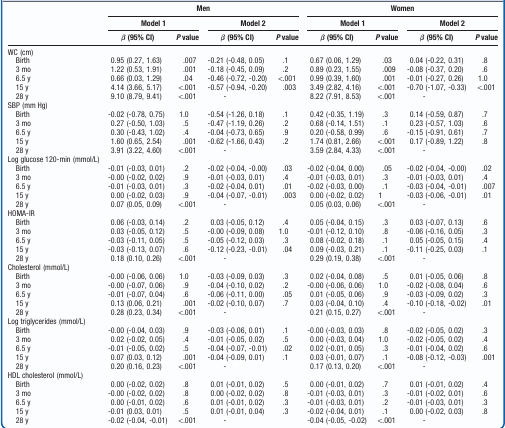
<table><thead><tr><td rowspan="3"></td><td colspan="4"><b>Men</b></td><td colspan="4"><b>Women</b></td></tr><tr><td colspan="2"><b>Model 1</b></td><td colspan="2"><b>Model 2</b></td><td colspan="2"><b>Model 1</b></td><td colspan="2"><b>Model 2</b></td></tr><tr><td><b>β (95% CI)</b></td><td><b><i>P</i> value</b></td><td><b>β (95% CI)</b></td><td><b><i>P</i> value</b></td><td><b>β (95% CI)</b></td><td><b><i>P</i> value</b></td><td><b>β (95% CI)</b></td><td><b><i>P</i> value</b></td></tr></thead><tbody><tr><td>WC(cm)</td><td></td><td></td><td></td><td></td><td></td><td></td><td></td><td></td></tr><tr><td> Birth</td><td>0.95(0.27,1.63)</td><td>.007</td><td>-0.21(-0.48,0.05)</td><td>.1</td><td>0.67(0.06,1.29)</td><td>.03</td><td>0.04(-0.22,0.31)</td><td>.8</td></tr><tr><td> 3 mo</td><td>1.22(0.53,1.91)</td><td>.001</td><td>-0.18(-0.45,0.09)</td><td>.2</td><td>0.89(0.23,1.55)</td><td>.009</td><td>-0.08(-0.37,0.20)</td><td>.6</td></tr><tr><td> 6.5 y</td><td>0.66(0.03,1.29)</td><td>.04</td><td>-0.46(-0.72,-0.20)</td><td>&lt;.001</td><td>0.99(0.39,1.60)</td><td>.001</td><td>-0.01(-0.27,0.26)</td><td>1.0</td></tr><tr><td> 15 y</td><td>4.14(3.66,5.17)</td><td>&lt;.001</td><td>-0.57(-0.94,-0.20)</td><td>.003</td><td>3.49(2.82,4.16)</td><td>&lt;.001</td><td>-0.70(-1.07,-0.33)</td><td>&lt;.001</td></tr><tr><td> 28 y</td><td>9.10(8.79,9.41)</td><td>&lt;.001</td><td>-</td><td></td><td>8.22(7.91,8.53)</td><td>&lt;.001</td><td>-</td><td></td></tr><tr><td>SBP(mm Hg)</td><td></td><td></td><td></td><td></td><td></td><td></td><td></td><td></td></tr><tr><td> Birth</td><td>-0.02(-0.78,0.75)</td><td>1.0</td><td>-0.54(-1.26,0.18)</td><td>.1</td><td>0.42(-0.35,1.19)</td><td>.3</td><td>0.14(-0.59,0.87)</td><td>.7</td></tr><tr><td> 3 mo</td><td>0.27(-0.50,1.03)</td><td>.5</td><td>-0.47(-1.19,0.26)</td><td>.2</td><td>0.68(-0.14,1.51)</td><td>.1</td><td>0.23(-0.57,1.03)</td><td>.6</td></tr><tr><td> 6.5 y</td><td>0.30(-0.43,1.02)</td><td>.4</td><td>-0.04(-0.73,0.65)</td><td>.9</td><td>0.20(-0.58,0.99)</td><td>.6</td><td>-0.15(-0.91,0.61)</td><td>.7</td></tr><tr><td> 15 y</td><td>1.60(0.65,2.54)</td><td>.001</td><td>-0.62(-1.66,0.43)</td><td>.2</td><td>1.74(0.81,2.66)</td><td>&lt;.001</td><td>0.17(-0.89,1.22)</td><td>.8</td></tr><tr><td> 28 y</td><td>3.91(3.22,4.60)</td><td>&lt;.001</td><td>-</td><td></td><td>3.59(2.84,4.33)</td><td>&lt;.001</td><td>-</td><td></td></tr><tr><td>Log glucose 120-min(mmol/L)</td><td></td><td></td><td></td><td></td><td></td><td></td><td></td><td></td></tr><tr><td> Birth</td><td>-0.01(-0.03,0.01)</td><td>.2</td><td>-0.02(-0.04,-0.00)</td><td>.03</td><td>-0.02(-0.04,0.00)</td><td>.05</td><td>-0.02(-0.04,-0.00)</td><td>.02</td></tr><tr><td> 3 mo</td><td>-0.00(-0.02,0.02)</td><td>.9</td><td>-0.01(-0.03,0.01)</td><td>.4</td><td>-0.01(-0.03,0.01)</td><td>.3</td><td>-0.01(-0.03,0.01)</td><td>.4</td></tr><tr><td> 6.5 y</td><td>-0.01(-0.03,0.01)</td><td>.3</td><td>-0.02(-0.04,0.01)</td><td>.01</td><td>-0.02(-0.03,0.00)</td><td>.1</td><td>-0.03(-0.04,-0.01)</td><td>.007</td></tr><tr><td> 15 y</td><td>0.00(-0.02,0.03)</td><td>.9</td><td>-0.04(-0.07,-0.01)</td><td>.003</td><td>0.00(-0.02,0.02)</td><td>1</td><td>-0.03(-0.06,-0.01)</td><td>.01</td></tr><tr><td> 28 y</td><td>0.07(0.05,0.09)</td><td>&lt;.001</td><td>-</td><td></td><td>0.05(0.03,0.06)</td><td>&lt;.001</td><td>-</td><td></td></tr><tr><td>HOMA-IR</td><td></td><td></td><td></td><td></td><td></td><td></td><td></td><td></td></tr><tr><td> Birth</td><td>0.06(-0.03,0.14)</td><td>.2</td><td>0.03(-0.05,0.12)</td><td>.4</td><td>0.05(-0.04,0.15)</td><td>.3</td><td>0.03(-0.07,0.13)</td><td>.6</td></tr><tr><td> 3 mo</td><td>0.03(-0.05,0.12)</td><td>.5</td><td>-0.00(-0.09,0.08)</td><td>1.0</td><td>-0.01(-0.12,0.10)</td><td>.8</td><td>-0.06(-0.16,0.05)</td><td>.3</td></tr><tr><td> 6.5 y</td><td>-0.03(-0.11,0.05)</td><td>.5</td><td>-0.05(-0.12,0.03)</td><td>.3</td><td>0.08(-0.02,0.18)</td><td>.1</td><td>0.05(-0.05,0.15)</td><td>.4</td></tr><tr><td> 15 y</td><td>-0.03(-0.13,0.07)</td><td>.6</td><td>-0.12(-0.23,-0.01)</td><td>.04</td><td>0.09(-0.03,0.21)</td><td>.1</td><td>-0.11(-0.25,0.03)</td><td>.1</td></tr><tr><td> 28 y</td><td>0.18(0.10,0.26)</td><td>&lt;.001</td><td>-</td><td></td><td>0.29(0.19,0.38)</td><td>&lt;.001</td><td>-</td><td></td></tr><tr><td>Cholesterol(mmol/L)</td><td></td><td></td><td></td><td></td><td></td><td></td><td></td><td></td></tr><tr><td> Birth</td><td>-0.00(-0.06,0.06)</td><td>1.0</td><td>-0.03(-0.09,0.03)</td><td>.3</td><td>0.02(-0.04,0.08)</td><td>.5</td><td>0.01(-0.05,0.06)</td><td>.8</td></tr><tr><td> 3 mo</td><td>-0.00(-0.07,0.06)</td><td>.9</td><td>-0.04(-0.10,0.02)</td><td>.2</td><td>-0.00(-0.06,0.06)</td><td>1.0</td><td>-0.02(-0.08,0.04)</td><td>.6</td></tr><tr><td> 6.5 y</td><td>-0.01(-0.07,0.04)</td><td>.6</td><td>-0.06(-0.11,0.00)</td><td>.05</td><td>0.01(-0.05,0.06)</td><td>.9</td><td>-0.03(-0.09,0.02)</td><td>.3</td></tr><tr><td> 15 y</td><td>0.13(0.06,0.21)</td><td>.001</td><td>-0.02(-0.10,0.07)</td><td>.7</td><td>0.03(-0.04,0.10)</td><td>.4</td><td>-0.10(-0.18,-0.02)</td><td>.01</td></tr><tr><td> 28 y</td><td>0.28(0.23,0.34)</td><td>&lt;.001</td><td>-</td><td></td><td>0.21(0.15,0.27)</td><td>&lt;.001</td><td>-</td><td></td></tr><tr><td>Log triglycerides(mmol/L)</td><td></td><td></td><td></td><td></td><td></td><td></td><td></td><td></td></tr><tr><td> Birth</td><td>-0.00(-0.04,0.03)</td><td>.9</td><td>-0.03(-0.06,0.01)</td><td>.1</td><td>-0.00(-0.03,0.03)</td><td>.8</td><td>-0.02(-0.05,0.02)</td><td>.3</td></tr><tr><td> 3 mo</td><td>0.02(-0.02,0.05)</td><td>.4</td><td>-0.01(-0.05,0.02)</td><td>.5</td><td>0.00(-0.03,0.04)</td><td>1.0</td><td>-0.02(-0.05,0.02)</td><td>.4</td></tr><tr><td> 6.5 y</td><td>-0.01(-0.05,0.02)</td><td>.5</td><td>-0.04(-0.07,-0.01)</td><td>.02</td><td>0.02(-0.01,0.05)</td><td>.3</td><td>-0.01(-0.04,0.02)</td><td>.6</td></tr><tr><td> 15 y</td><td>0.07(0.03,0.12)</td><td>.001</td><td>-0.04(-0.09,0.01)</td><td>.1</td><td>0.03(-0.01,0.07)</td><td>.1</td><td>-0.08(-0.12,-0.03)</td><td>.001</td></tr><tr><td> 28 y</td><td>0.20(0.16,0.23)</td><td>&lt;.001</td><td>-</td><td></td><td>0.17(0.13,0.20)</td><td>&lt;.001</td><td>-</td><td></td></tr><tr><td>HDL cholesterol(mmol/L)</td><td></td><td></td><td></td><td></td><td></td><td></td><td></td><td></td></tr><tr><td> Birth</td><td>0.00(-0.02,0.02)</td><td>.8</td><td>0.01(-0.01,0.02)</td><td>.5</td><td>0.00(-0.01,0.02)</td><td>.7</td><td>0.01(-0.01,0.02)</td><td>.4</td></tr><tr><td> 3 mo</td><td>-0.00(-0.02,0.02)</td><td>.8</td><td>0.00(-0.02,0.02)</td><td>.8</td><td>-0.01(-0.03,0.01)</td><td>.3</td><td>-0.01(-0.02,0.01)</td><td>.6</td></tr><tr><td> 6.5 y</td><td>0.00(-0.01,0.02)</td><td>.6</td><td>0.01(-0.01,0.02)</td><td>.3</td><td>-0.01(-0.03,0.01)</td><td>.2</td><td>-0.01(-0.03,0.01)</td><td>.3</td></tr><tr><td> 15 y</td><td>-0.01(0.03,0.01)</td><td>.5</td><td>0.01(-0.01,0.04)</td><td>.3</td><td>-0.02(-0.04,0.01)</td><td>.1</td><td>0.00(-0.02,0.03)</td><td>.8</td></tr><tr><td> 28 y</td><td>-0.02(-0.04,-0.01)</td><td>&lt;.001</td><td>-</td><td></td><td>-0.04(-0.05,-0.02)</td><td>&lt;.001</td><td>-</td><td></td></tr></tbody></table>